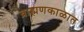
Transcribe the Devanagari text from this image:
ब्राह्मणकाळात